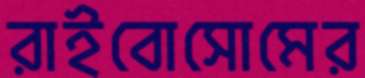
রাইবোসোমের